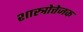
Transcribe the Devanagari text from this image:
शास्त्रोत्तेजक